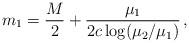
LaTeX: \begin{align*}m_1 = \frac{M}{2} + \frac{\mu_1}{2 c \log (\mu_2/\mu_1)}\,,\end{align*}